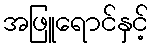
အဖြူရောင်နှင့်